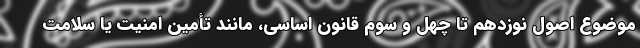
موضوع اصول نوزدهم تا چهل و سوم قانون اساسی، مانند تأمین امنیت یا سلامت